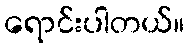
ရောင်းပါတယ်။